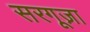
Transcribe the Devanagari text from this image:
सरगूज़ा